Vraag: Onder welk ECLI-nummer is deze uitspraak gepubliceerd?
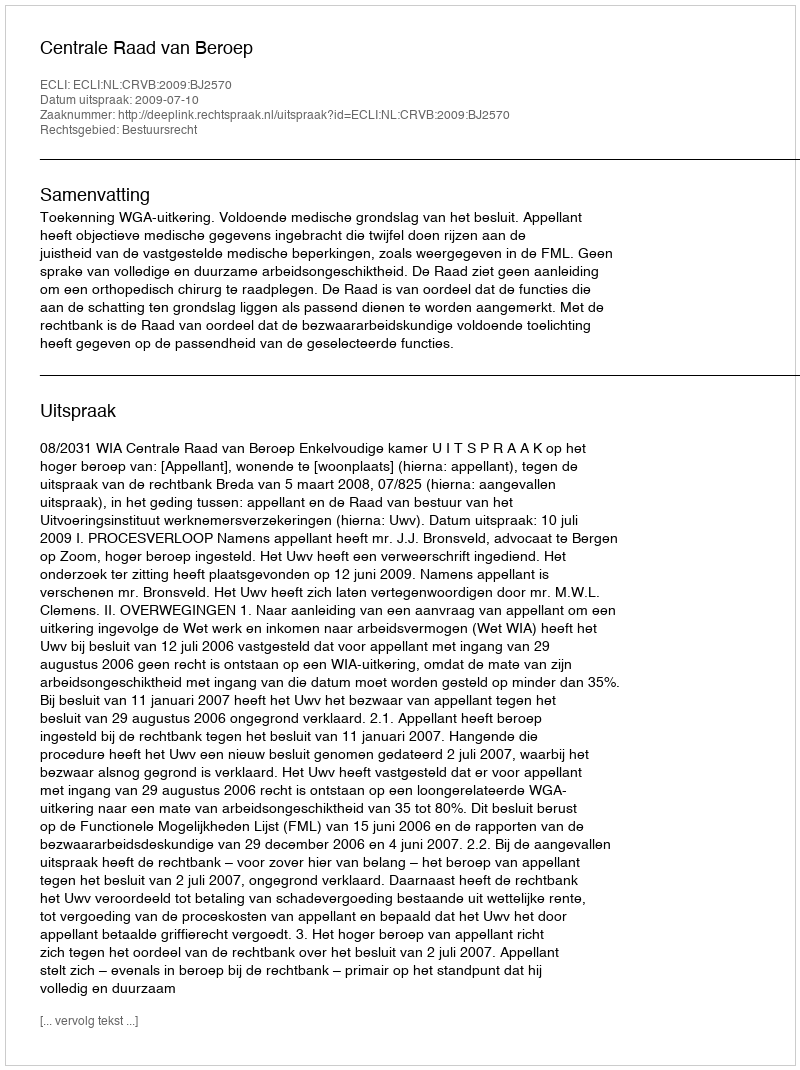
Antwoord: ECLI:NL:CRVB:2009:BJ2570